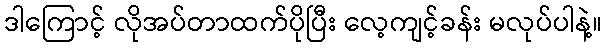
ဒါကြောင့် လိုအပ်တာထက်ပိုပြီး လေ့ကျင့်ခန်း မလုပ်ပါနဲ့။